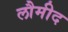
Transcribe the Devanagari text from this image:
लौमीद